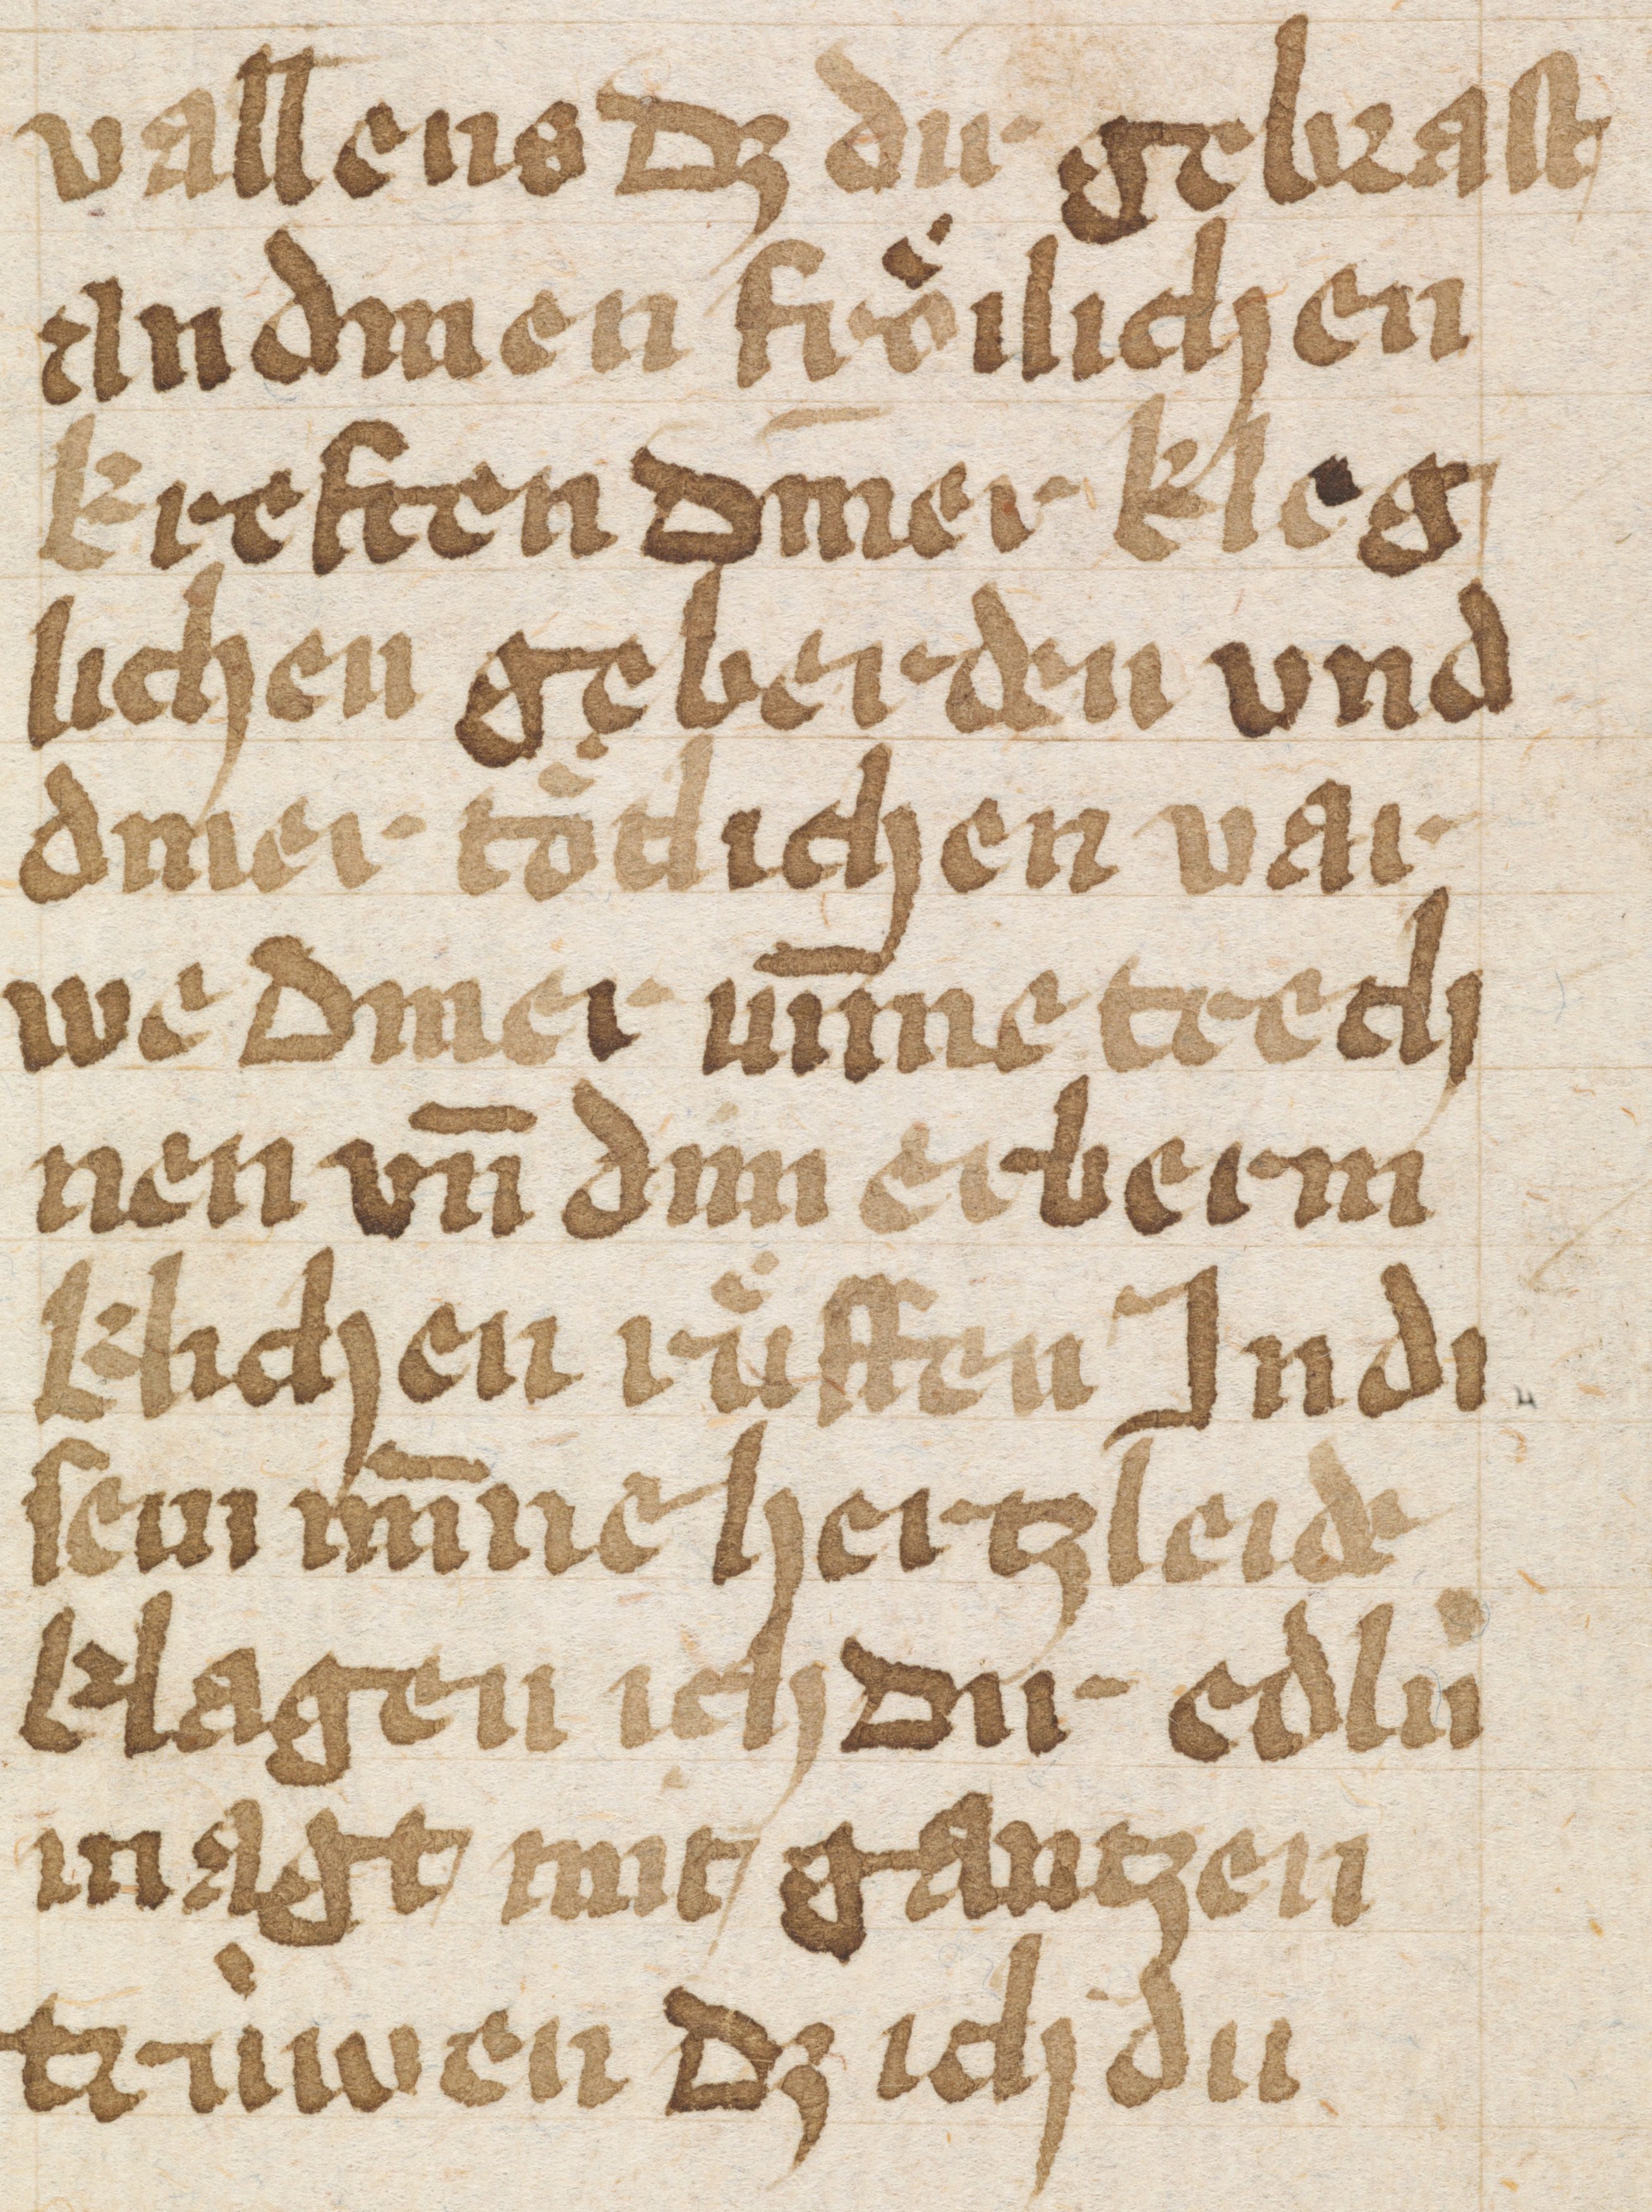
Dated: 1400–1499